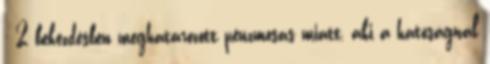
- 2 bekezdésben meghatározott pénzmosás miatt, aki a hatóságnál